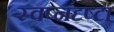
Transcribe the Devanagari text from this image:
स्‍वप्नदृष्‍टा